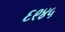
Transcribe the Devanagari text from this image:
६९४५